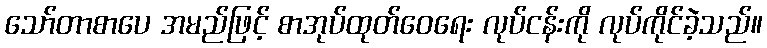
သော်တာစာပေ အမည်ဖြင့် စာအုပ်ထုတ်ဝေရေး လုပ်ငန်းကို လုပ်ကိုင်ခဲ့သည်။